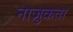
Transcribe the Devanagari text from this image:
नाज़ुकता